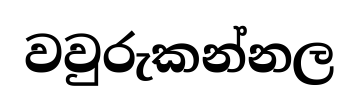
වවුරුකන්නල